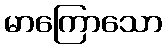
မာကြောသော